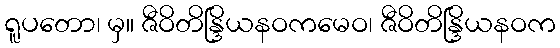
ရူပတော၊ မှ။ ဇီဝိတိန္ဒြိယနဝကမေဝ၊ ဇီဝိတိန္ဒြိယနဝက